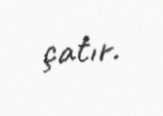
çatır.